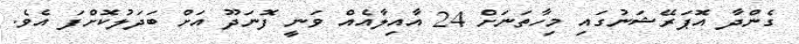
ގެންދާ އޮޕަރޭޝަނުގައި މިހާތަނަށް 24 އާއިލާއެއް ވަނީ ފޮނަދޫ އަށް ބަދަލުކޮށްފަ އެވެ.